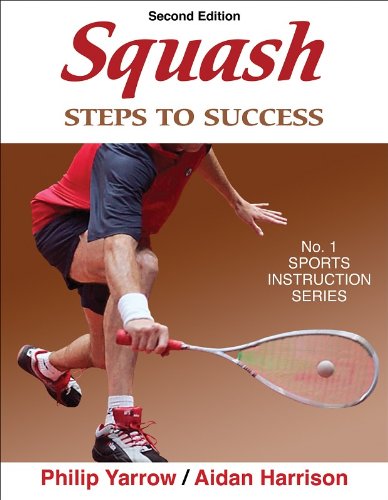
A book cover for Squash: Steps to Success - 2nd Edition (Steps to Success Activity Series); Philip Yarrow; Sports & Outdoors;